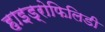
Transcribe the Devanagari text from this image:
हाइड्रोफिलिडी